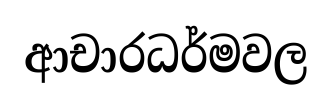
ආචාරධර්මවල